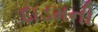
દાડમની